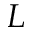
L